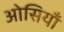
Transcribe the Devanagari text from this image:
ओसियाँ